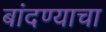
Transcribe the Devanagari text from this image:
बांदण्याचा